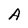
Character: A